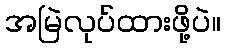
အမြဲလုပ်ထားဖို့ပဲ။